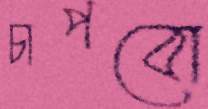
চাপবো